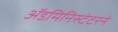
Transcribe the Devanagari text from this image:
ॲडमिनिस्टेटरने